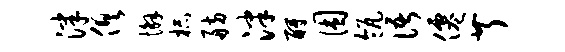
津俱懈杯舫泮酹困瓴语仙芹